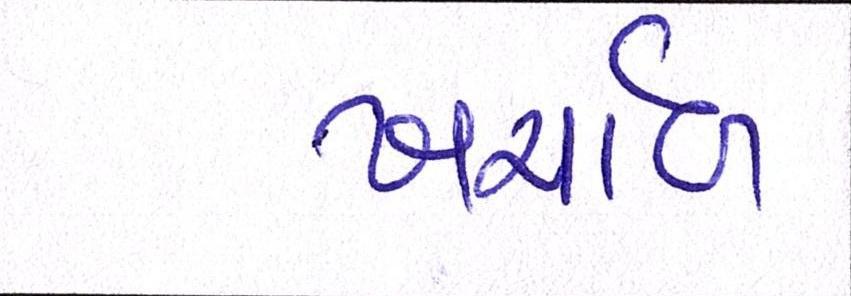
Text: ખર્ચાળ